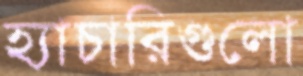
হ্যাচারিগুলো